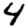
Digit: 4